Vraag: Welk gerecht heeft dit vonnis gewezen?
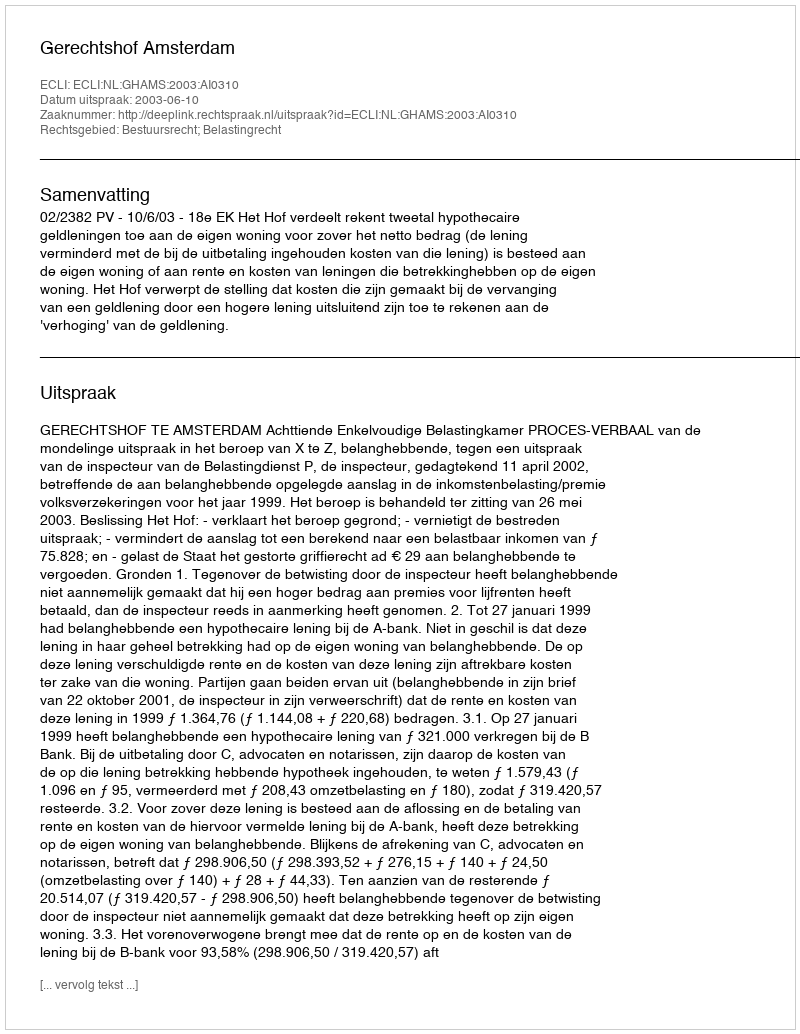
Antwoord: Gerechtshof Amsterdam